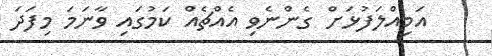
އަމިއްލަފުޅަށް ގެންނެވި އެއްޗެއް ކަމުގައި ވާނަމަ މިފަދަ